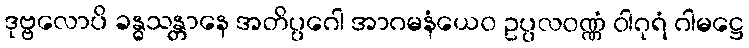
ဒုဗ္ဗလောပိ ခန္ဓသန္တာနေ အတိပ္ပဂေါ အာဂမနံယေဝ ဥပ္ပလဝဏ္ဏံ ဝါဂုရံ ဂါမဋ္ဌေ